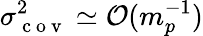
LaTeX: \sigma_{\mathrm{~c~o~v~}}^{2}\simeq\mathcal{O}(m_{p}^{-1})